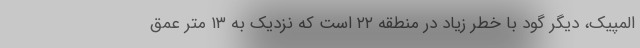
المپیک، دیگر گود با خطر زیاد در منطقه ۲۲ است که نزدیک به ۱۳ متر عمق